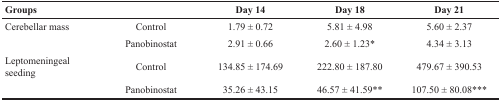
| Groups |  | Day 14 | Day 18 | Day 21 |
 | --- | --- | --- | --- | --- |
 | Cerebellar mass | Control | 1.79 ± 0.72 | 5.81 ± 4.98 | 5.60 ± 2.37 |
 |  | Panobinostat | 2.91 ± 0.66 | 2.60 ± 1.23* | 4.34 ± 3.13 |
 | Leptomeningeal seeding | Control | 134.85 ± 174.69 | 222.80 ± 187.80 | 479.67 ± 390.53 |
 |  | Panobinostat | 35.26 ± 43.15 | 46.57 ± 41.59** | 107.50 ± 80.08*** |